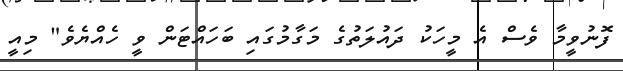
ފޮނުވީމާ ވެސް އެ މީހަކު ދައުލަތުގެ މަގާމުގައި ބަހައްޓަން ވީ ހެއްޔެވެ" މިއީ